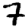
Digit: 7